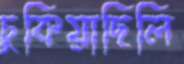
চুকিয়াছিলি